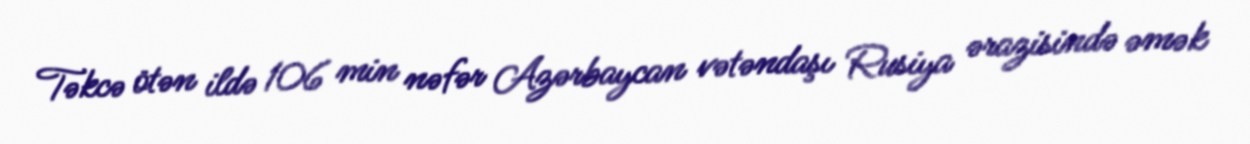
Təkcə ötən ildə 106 min nəfər Azərbaycan vətəndaşı Rusiya ərazisində əmək